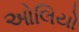
ઓલિયો